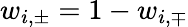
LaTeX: w_{i,\pm}=1-w_{i,\mp}